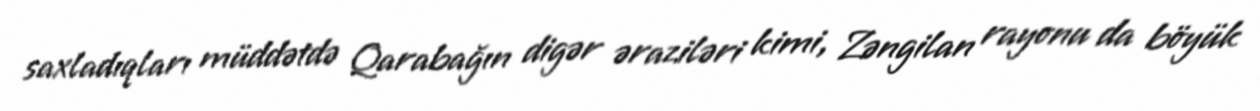
saxladıqları müddətdə Qarabağın digər əraziləri kimi, Zəngilan rayonu da böyük